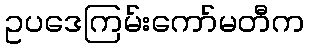
ဥပဒေကြမ်းကော်မတီက